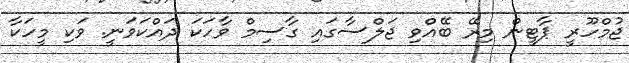
ޖުމްހޫރީ ޕާޓީން މިރޭ ބޭއްވި ޖަލްސާގައި ގާސިމް ވާހަކަ ދައްކަވަނީ. ވަކި މީހަކާ